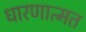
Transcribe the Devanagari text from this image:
धारणात्मत